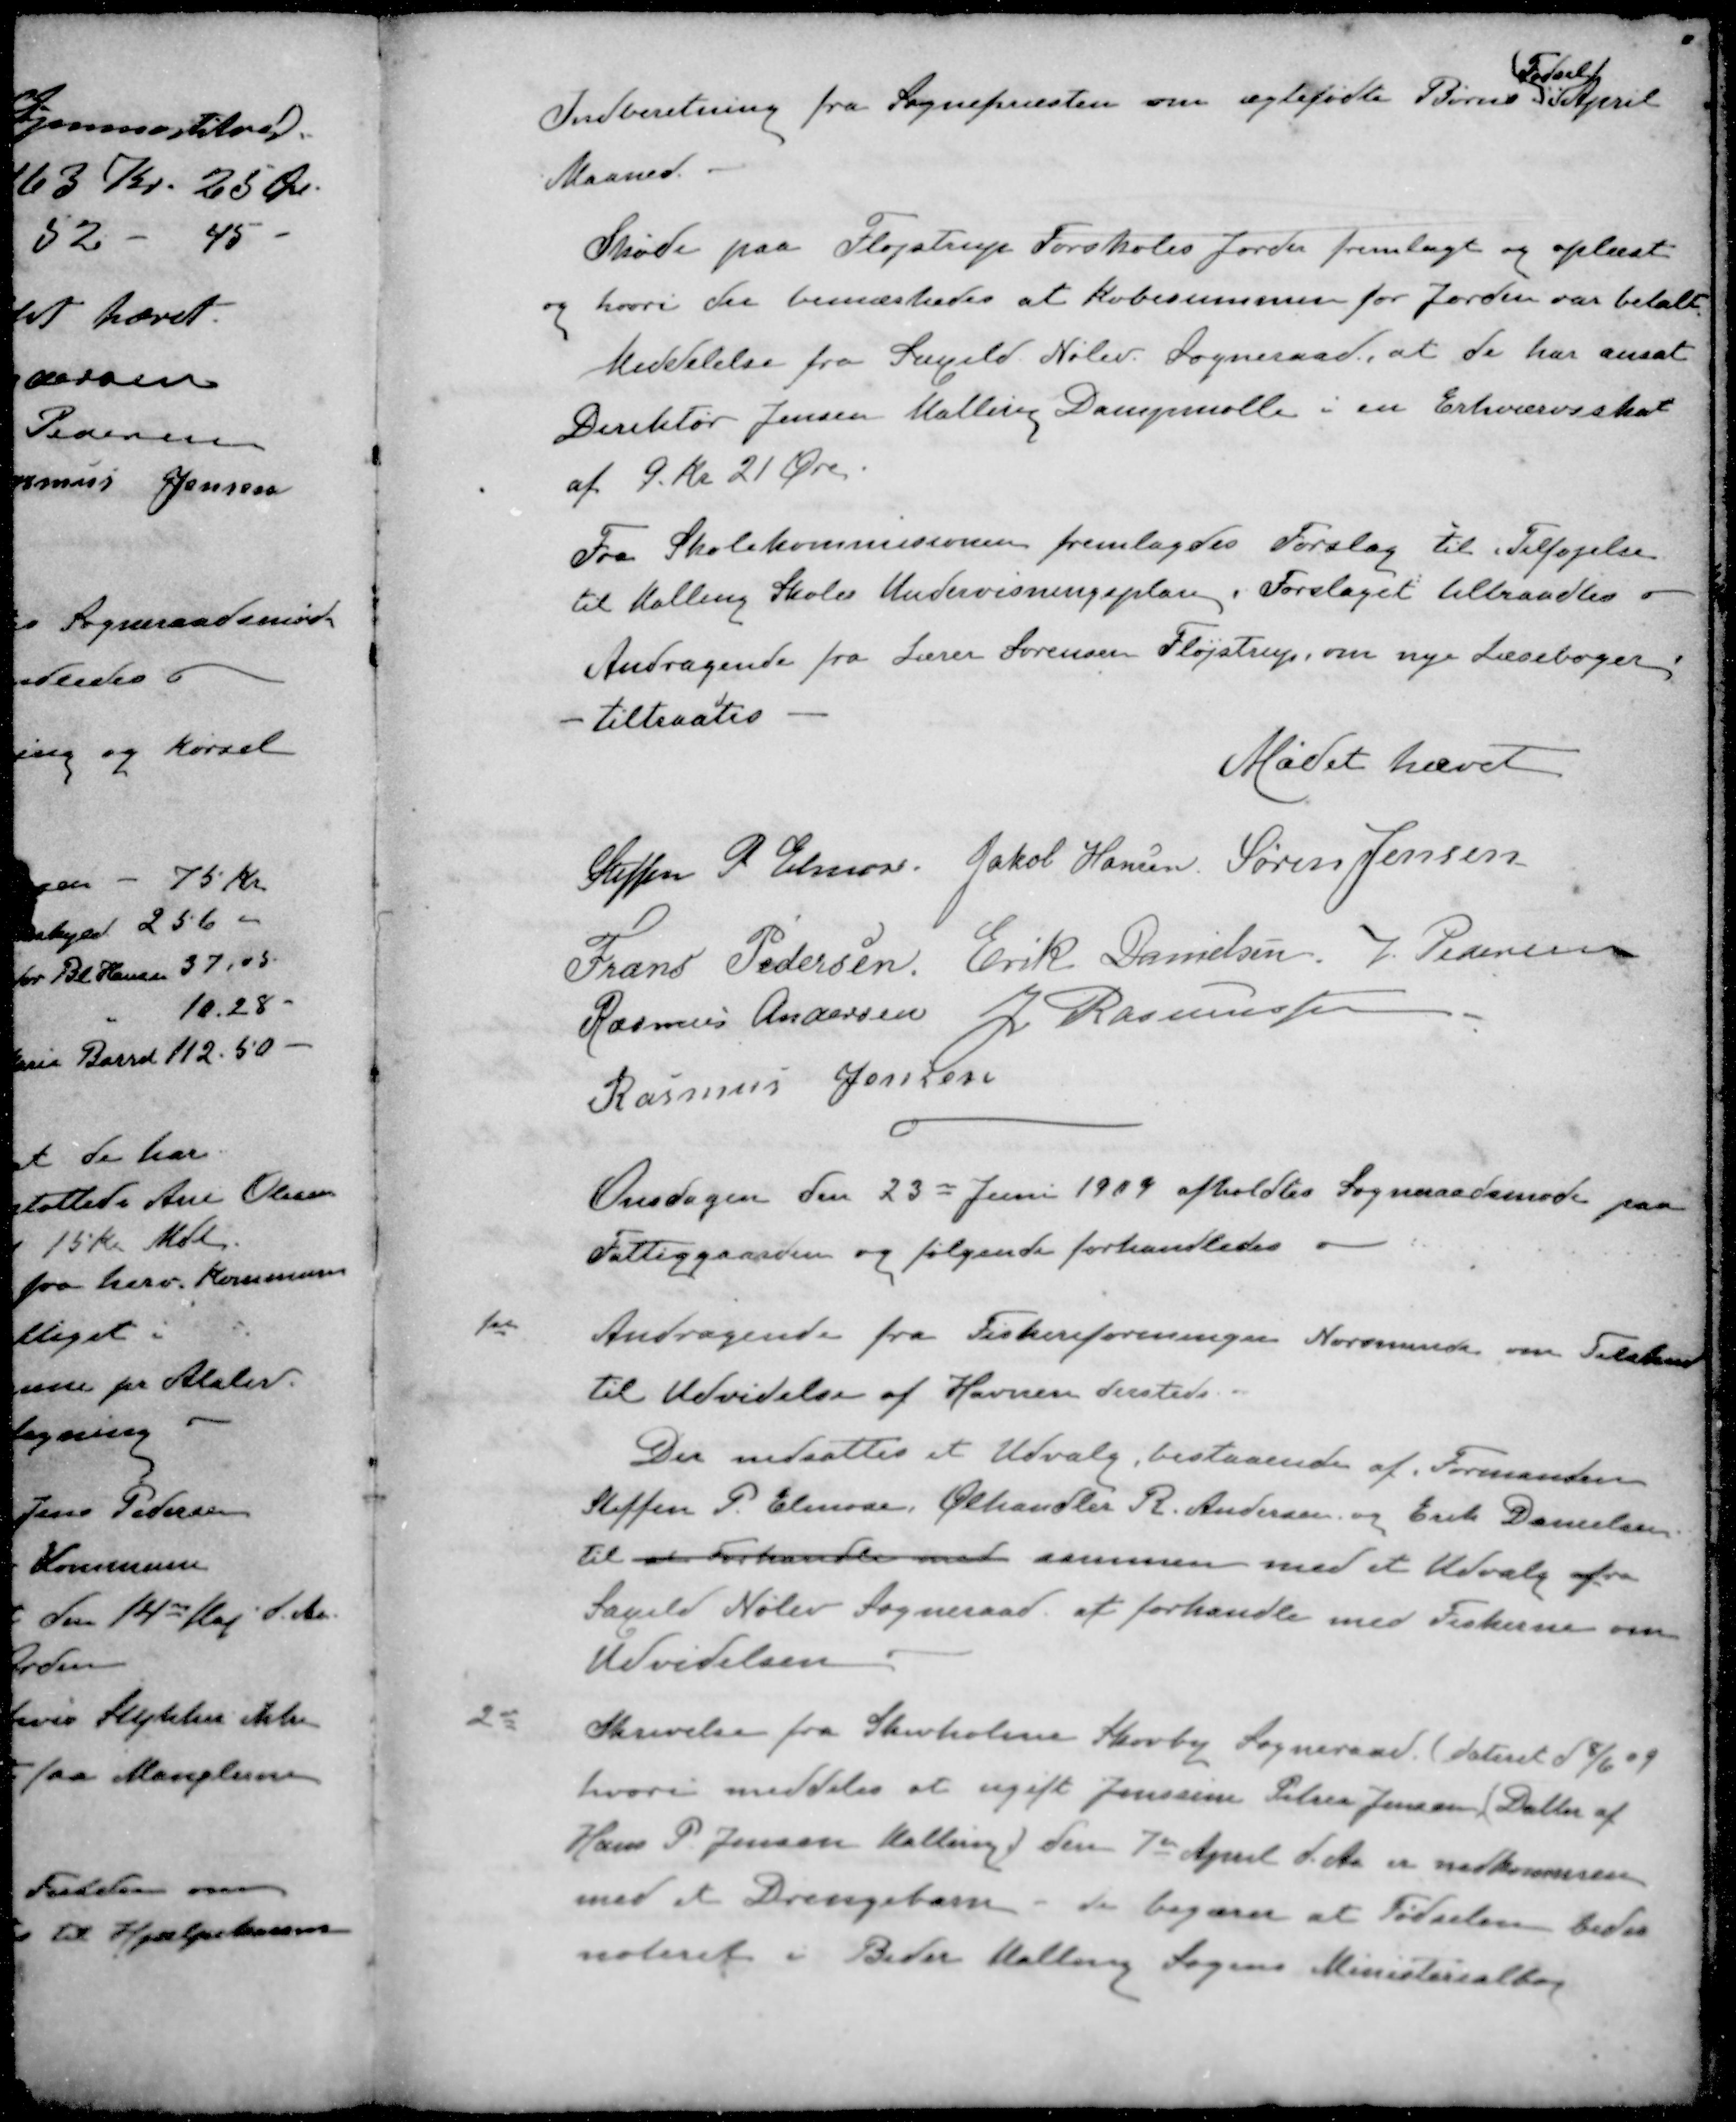
Transskription:
Fødsels
Indberetning fra Sognepræsten om ægtefødte Børns i April
Maaned.
Møde paa Fløjstrup Forskoles Jorder fremlagt og oplæst
og hvori der bemærkedes at Købesummen for Jorden var betalt
Meddelelse fra Saxild Nølev Sogneraad, at de har ansat
Direktør Jensen Malling Dampmølle i en Erhvervsskat
af 9 Kr 21 Øre.
Fra Skolekommisionen fremlagdes Forslag til Tilføjelse
til Malling Skoles Undervisningsplan. Forslaget tiltraadtes
Andragende fra Lærer Sørensen Fløjstrup, om nye Læsebøger
tiltraadtes
Mødet hævet
Steffen P. Elmose
Jakob Hansen
Søren Jensen
Frans Pedersen
Erik Danielsen
J. Pedersen
Rasmus Andersen
J Rasmussen
Rasmus Jensen
Onsdagen den 23 Juni 1909 afholdtes Sogneraadsmøde paa
Fattiggaarden og følgende forhandledes o
1de Andragende fra Fiskeriforeninger Norsminde om Tilskud
til Udvidelse af Havnen dersteds
Der nedsattes et Udvalg, bestaaende af Formanden
Steffen P. Elmose, Ølhandler R. Andersen og Erik Danielsen
til at Forhandle med sammen med et Udvalg fra
Saxild Nølev Sogneraad at forhandle med Fiskerne om
Udvidelsen
Skrivelse fra Skivholme Skovby Sogneraad. (dateret 14/6 09
hvori meddeles at ugift Jenssine Petrea Jensen (Datter af
Hans P. Jensen Malling) den 7de April d. Aa er nedkommen
med et Drengebarn - de begærer at Fødselen bedes
noteret i Beder Malling Sogns Ministerialbog